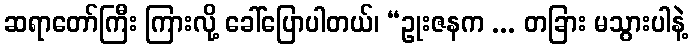
ဆရာတော်ကြီး ကြားလို့ ခေါ်ပြောပါတယ်၊ “ဥုးဇနက ... တခြား မသွားပါနဲ့